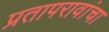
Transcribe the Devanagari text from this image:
प्रतापरावांचा